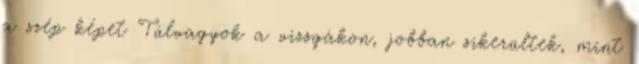
a szép képet Túlvagyok a vizsgákon, jobban sikerültek, mint